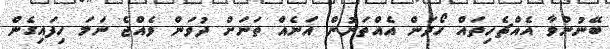
ބޭނުންވާ އެއްޗެހިތައް ހޯދަން އެއްތަނުން އަނެއް ތަނަށް ދުވަން ވެއްޖެ ނަމަ ހިފައިގެން